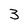
Character: 3